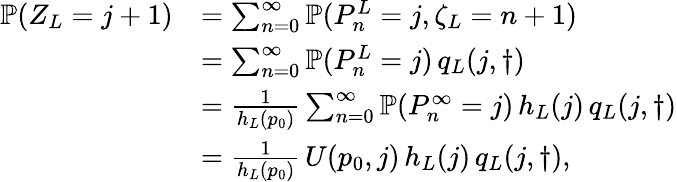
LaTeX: \begin{array}{rl}{\mathbb{P}(Z_{L}=j+1)}&{=\sum_{n=0}^{\infty}\mathbb{P}(P_{n}^{L}=j,\zeta_{L}=n+1)}\\ &{=\sum_{n=0}^{\infty}\mathbb{P}(P_{n}^{L}=j)\, q_{L}(j,\dagger)}\\ &{=\frac{1}{h_{L}(p_{0})}\sum_{n=0}^{\infty}\mathbb{P}(P_{n}^{\infty}=j)\, h_{L}(j)\, q_{L}(j,\dagger)}\\ &{=\frac{1}{h_{L}(p_{0})}\, U(p_{0},j)\, h_{L}(j)\, q_{L}(j,\dagger),}\end{array}